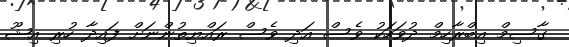
ގާސިމް އިބްރާހިމް ދުވަަހަކު ވެސް އަދި ވެސް ރައްޔިތުންނަށް ފައިދާ ހުރި އިޝޫ